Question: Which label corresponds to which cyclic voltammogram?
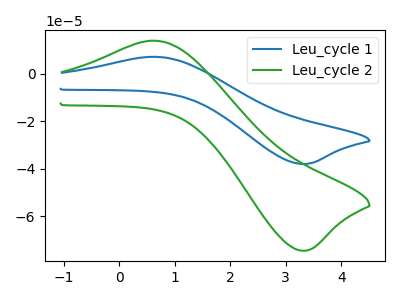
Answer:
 <answer>The blue curve is labeled "Leu_cycle 1". The green curve is labeled "Leu_cycle 2".</answer>
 <eval></eval>